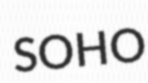
SOHO